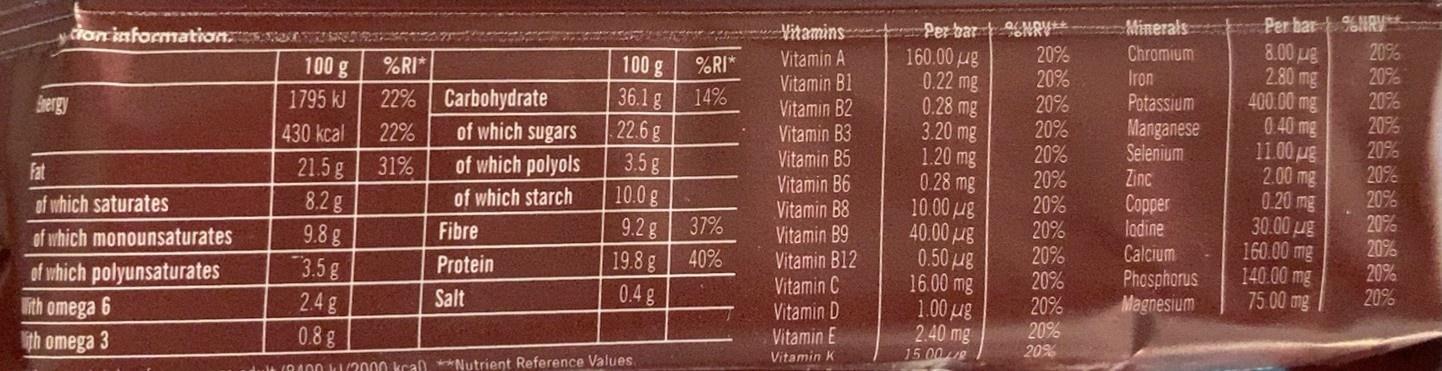
Per bar NRV* 160.00 ug 0.22 mg 0.28 mg 3.20 mg 1.20 mg 0.28 mg 10.00 ug 40.00 ug 0.50 ug 16.00 mg 1.00 ug 2.40 mg
Per bar %HR* 8.00 ug 2.80 mg 400.00 mg 0.40 mg 11.00ug 2.00 mg 0.20 mg 30.00 ug 160.00mg 140.00 mg 75.00 mg
Minerals
Vitamins Vitamin A Vitamin B1 Vitamin B2 Vitamin B3 Vitamin B5 Vitamin B6 Vitamin B8 Vitamin B9 Vitamin B12 Vitamin C Vitamin D Vitamin E
ion informationsr
20% 20% 20% 20% 20% 20% 20%
20%
Chromium
100 g 36.1 g 22.6 g
100 g
%RI*
%RI*
20% 20% 20% 20% 20% 20% 20% 20% 20% 20% 20%
22% Carbohydrate of which sugars
Iron Potassium Manganese Selenium Zinc
Sergy
1795 kJ
14%
430 kcal
22%
of which polyols
3.5 g 10.0 g
Fat
21.5g
31%
which starch
8.2g 9.8 g
Соer lodine Calcium Phosphorus Magnesium
of which saturates
9.2 g 19.8 g
of which monounsaturates
Fibre
37%
20% 20% 20%
3.5g
Protein
40%
of which polyunsaturates Tith omega 6
2.4 g
Salt
0.4 g
ith omega 3
0.8 g
Vitamin K
15 008
20%
(8400 k/20000 kcan **Nutrient Reference Values.